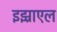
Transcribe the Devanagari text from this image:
इझ्राएल